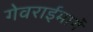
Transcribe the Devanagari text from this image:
गेवराईमार्गे